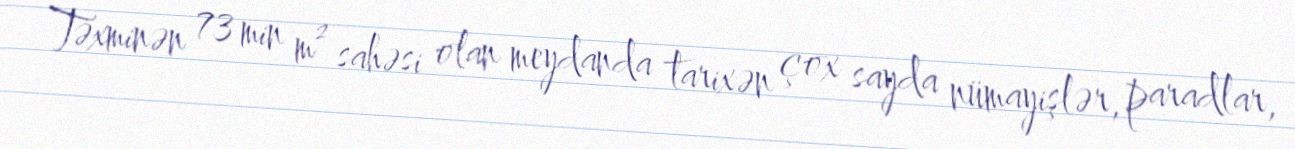
Təxminən 73 min m² sahəsi olan meydanda tarixən çox sayda nümayişlər, paradlar,